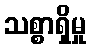
သစ္စာရှိမှု